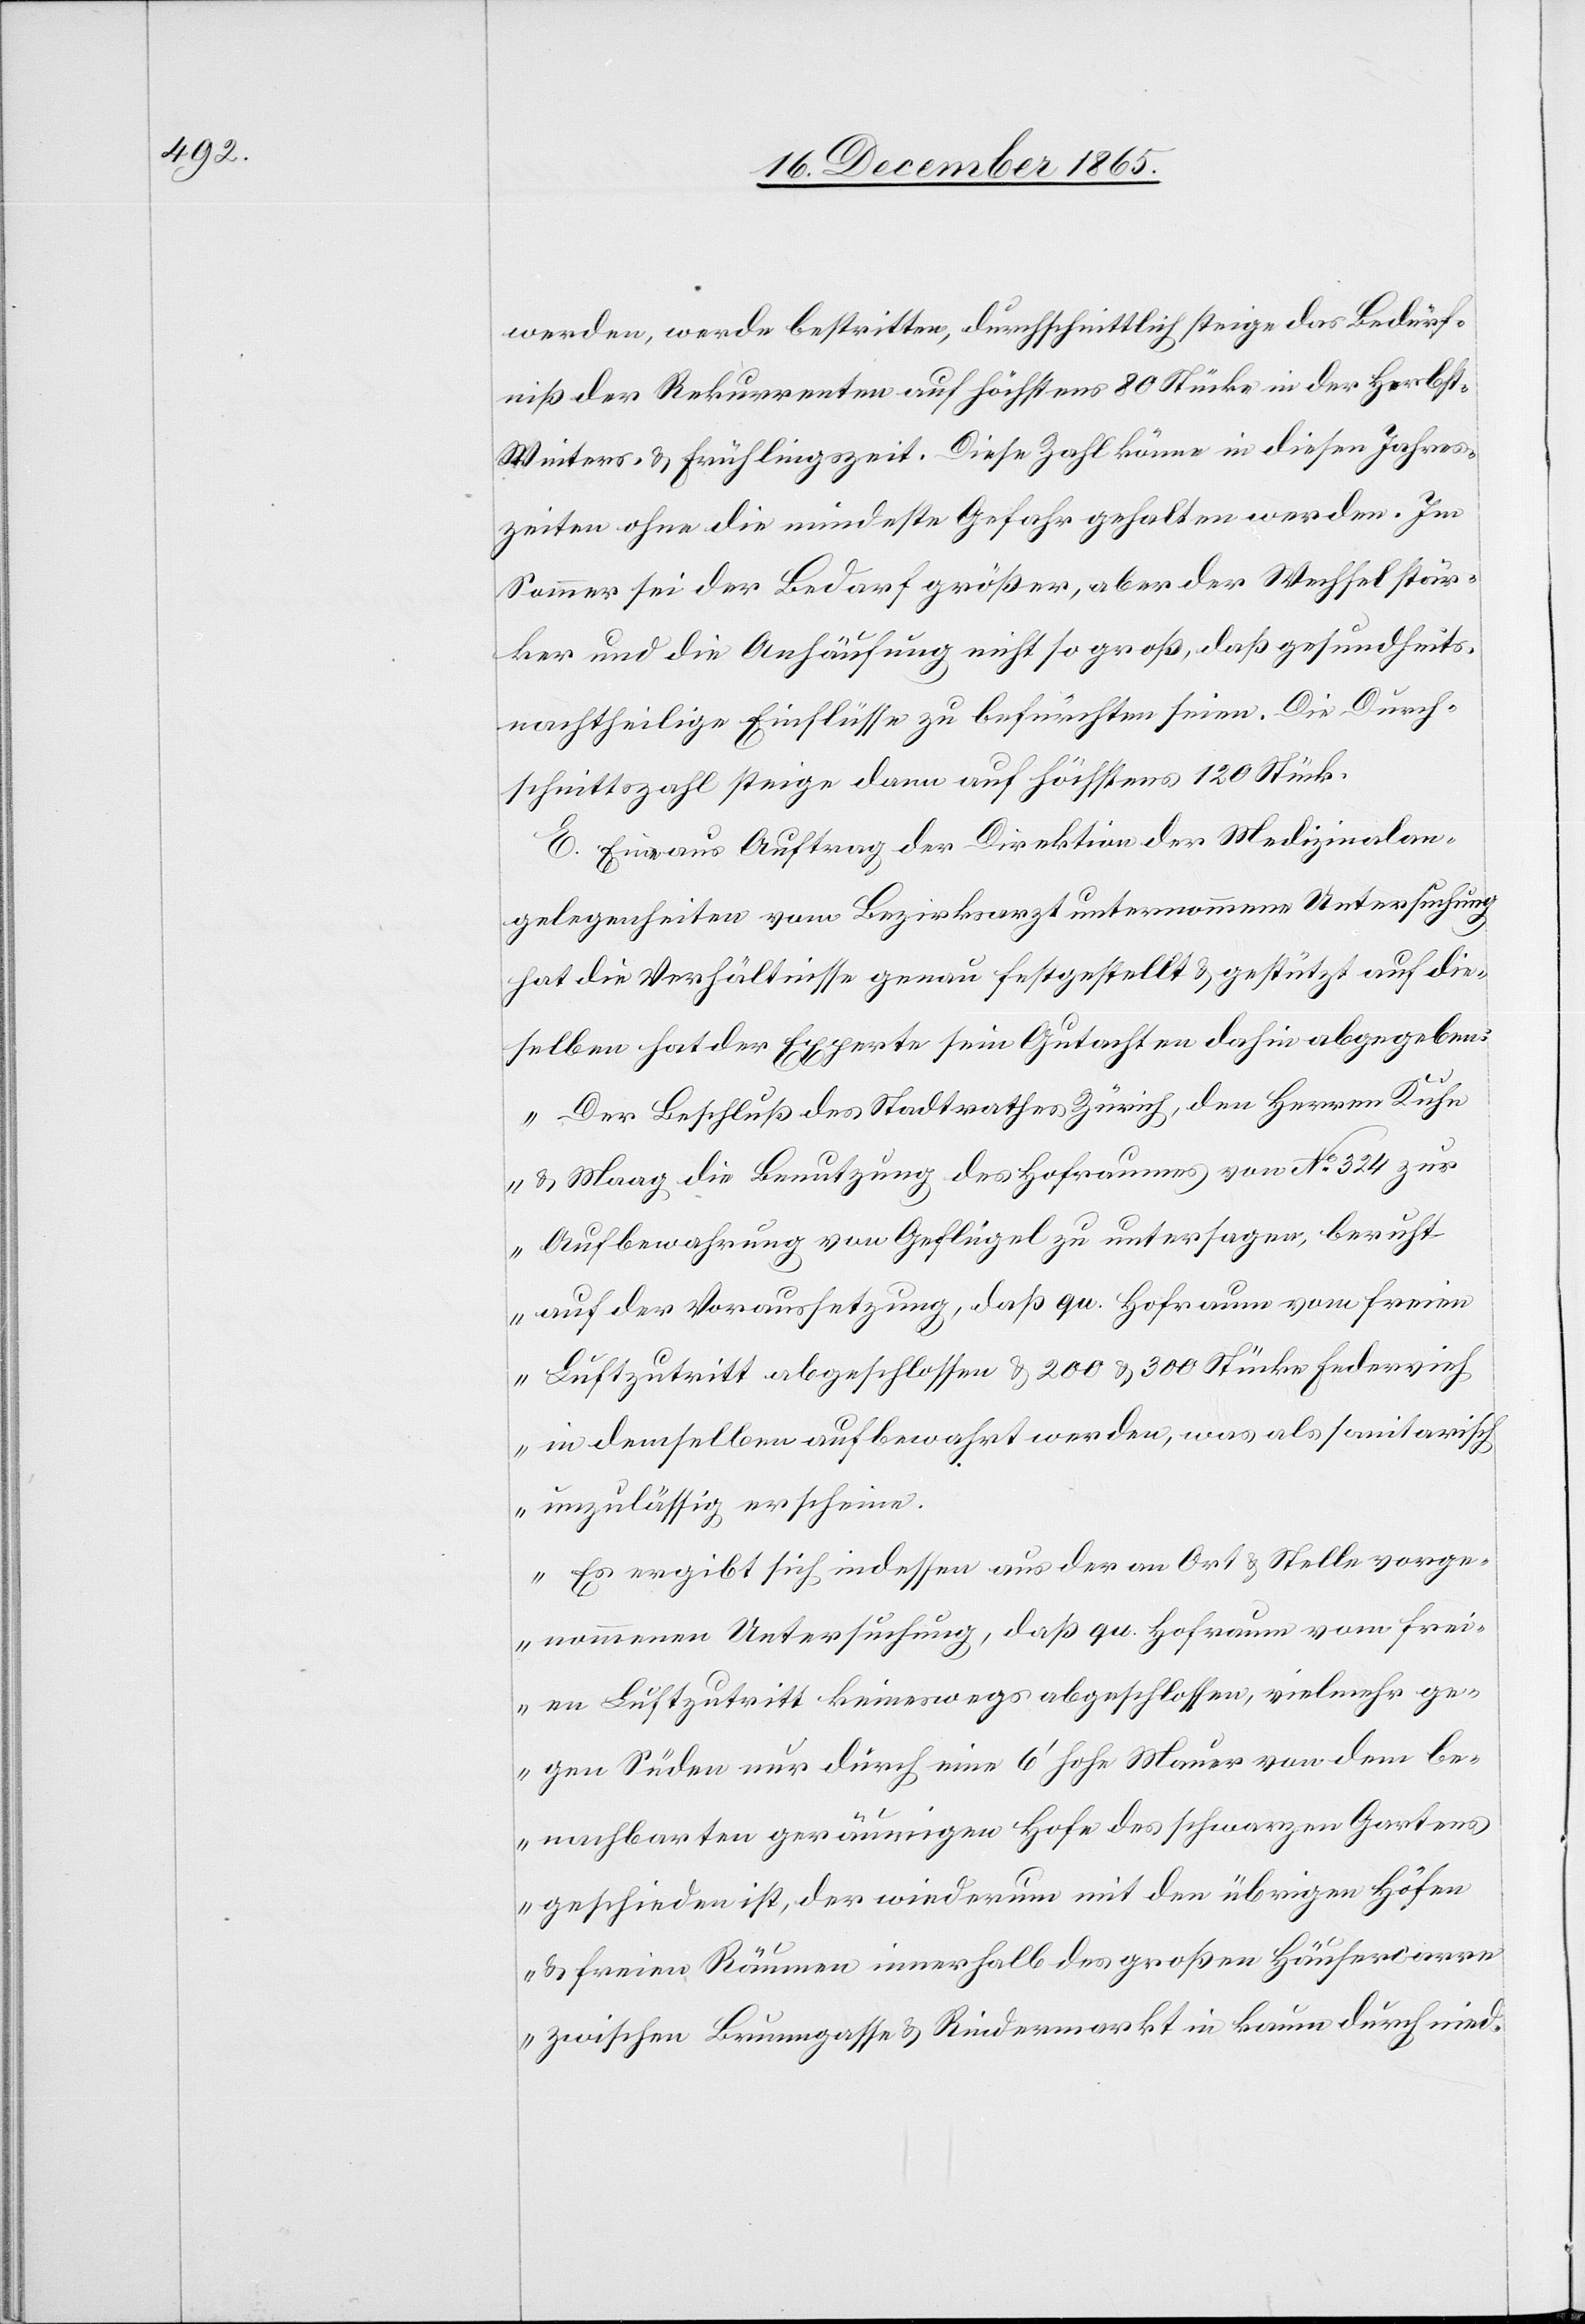
Medizinalan¬

werden, werde bestritten, durchschnittlich steige das Bedürf¬
niß der Rekurrenten auf höchstens 80 Stücke in der Herbst-
Winters- & Frühlingszeit. Diese Zahl könne in diesen Jahres¬
zeiten ohne die mindeste Gefahr gehalten werden. Im
Sommer sei der Bedarf größer, aber der Wechsel stär¬
ker und die Anhäufung nicht so groß, daß gesundheits¬
nachtheilige Einflüsse zu befürchten seien. Die Durch¬
schnittszahl steige dann auf höchstens 120 Stück.
gelegenheiten vom Bezirksarzt unternommene Untersuchung
hat die Verhältnisse genau festgestellt & gestützt auf die¬
selben hat der Experte sein Gutachten dahin abgegeben:
„Der Beschluß des Stadtrathes Zürich, den Herren Kuhn
& Maag die Benutzung des Hofraumes von No 324 zur
Aufbewahrung von Geflügel zu untersagen, beruht
auf der Voraussetzung, daß qu. Hofraum vom freien
Luftzutritt abgeschlossen & 200 & [sic!] 300 Stücke Federvieh
in demselben aufbewahrt werden, was als sanitarisch
unzulässig erscheine.
Es ergibt sich indessen aus der an Ort & Stelle vorge¬
nommenen Untersuchung, daß qu. Hofraum vom frei¬
en Luftzutritt keineswegs abgeschlossen, vielmehr ge¬
gen Süden nur durch eine 6’ hohe Mauer von dem be¬
nachbarten geräumigen Hofe des schwarzen Gartens
geschieden ist, der wiederum mit den übrigen Höfen
& freien Räumen innerhalb des großen Häusercarre
zwischen Baumgasse & Rindermarkt in kaum durch nied-